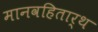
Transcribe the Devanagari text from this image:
मानवहितार्थ